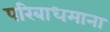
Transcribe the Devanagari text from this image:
परिबाधमाना